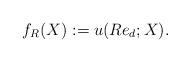
LaTeX: \begin{align*} f_R(X): =u( Re_d;X) .\end{align*}